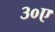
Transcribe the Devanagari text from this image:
३०ए